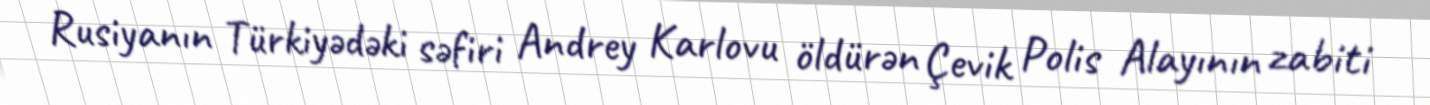
Rusiyanın Türkiyədəki səfiri Andrey Karlovu öldürən Çevik Polis Alayının zabiti